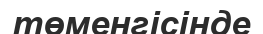
төменгісінде